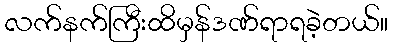
လက်နက်ကြီးထိမှန်ဒဏ်ရာရခဲ့တယ်။